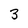
Character: 3